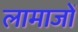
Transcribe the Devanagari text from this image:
लामाजों